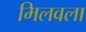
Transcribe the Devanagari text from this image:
मिलवला